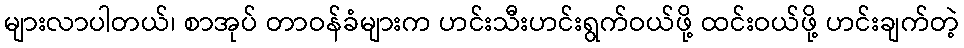
များလာပါတယ်၊ စာအုပ် တာဝန်ခံများက ဟင်းသီးဟင်းရွက်ဝယ်ဖို့ ထင်းဝယ်ဖို့ ဟင်းချက်တဲ့